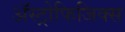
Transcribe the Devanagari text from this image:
अॅस्ट्रोफिजिक्स